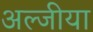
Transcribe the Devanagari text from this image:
अल्जीया